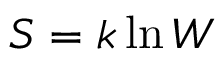
S = k \ln { W }